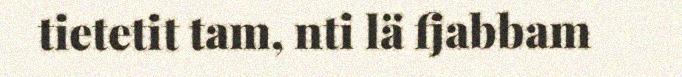
tietetit tam, nti lä fjabbam